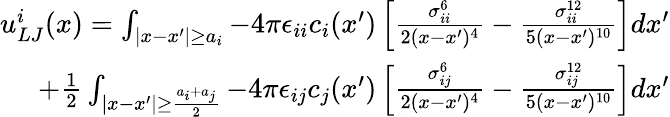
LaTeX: \begin{array}{r}{u_{LJ}^{i}(x)=\int_{\lvert x-x^{\prime}\rvert\ge a_{i}}-4\pi\epsilon_{ii}c_{i}(x^{\prime})\left[\frac{\sigma_{ii}^{6}}{2(x-x^{\prime})^{4}}-\frac{\sigma_{ii}^{12}}{5(x-x^{\prime})^{10}}\right]dx^{\prime}}\\ {+\frac{1}{2}\int_{|x-x^{\prime}|\geq\frac{a_{i}+a_{j}}{2}}-4\pi\epsilon_{ij}c_{j}(x^{\prime})\left[\frac{\sigma_{ij}^{6}}{2(x-x^{\prime})^{4}}-\frac{\sigma_{ij}^{12}}{5(x-x^{\prime})^{10}}\right]dx^{\prime}}\end{array}